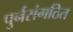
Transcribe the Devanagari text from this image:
पुर्नसंगठित